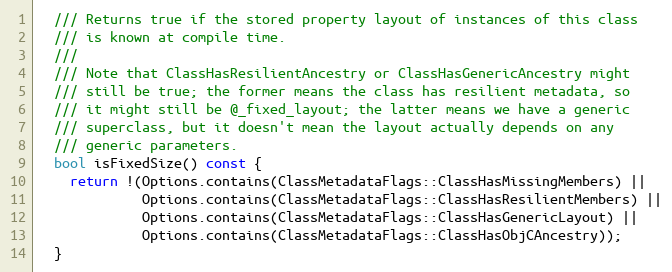
Language: C
  /// Returns true if the stored property layout of instances of this class
  /// is known at compile time.
  ///
  /// Note that ClassHasResilientAncestry or ClassHasGenericAncestry might
  /// still be true; the former means the class has resilient metadata, so
  /// it might still be @_fixed_layout; the latter means we have a generic
  /// superclass, but it doesn't mean the layout actually depends on any
  /// generic parameters.
  bool isFixedSize() const {
    return !(Options.contains(ClassMetadataFlags::ClassHasMissingMembers) ||
             Options.contains(ClassMetadataFlags::ClassHasResilientMembers) ||
             Options.contains(ClassMetadataFlags::ClassHasGenericLayout) ||
             Options.contains(ClassMetadataFlags::ClassHasObjCAncestry));
  }